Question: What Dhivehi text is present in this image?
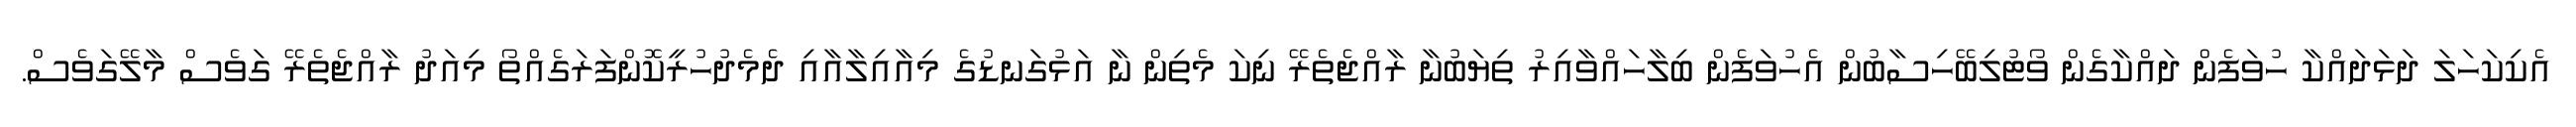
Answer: އެކިކަހަލަ ދަޅަދައްކާ ހުވަފެން ދައްކާގެން ވޯޓުލިބޭހިސާބުން އެހުވަފެން ބިލާހައްވާއިރު ތިޔަބުނާ ރާއްޖެތެރޭ ނިކަ މެތިން ނާ އަޅުގަނޑުގެ މިއާއިލާއާއި ދެމެދުހުރީކޮންފަރަގެއްތޯ މިއަދު ރާއްޖެތެރޭ ގަވެސް މާލޭގަވެސް.